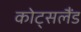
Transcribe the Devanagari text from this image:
कोट्सलैंड